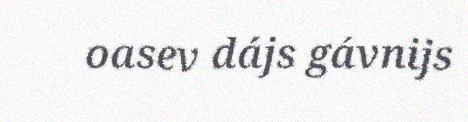
oasev dájs gávnijs